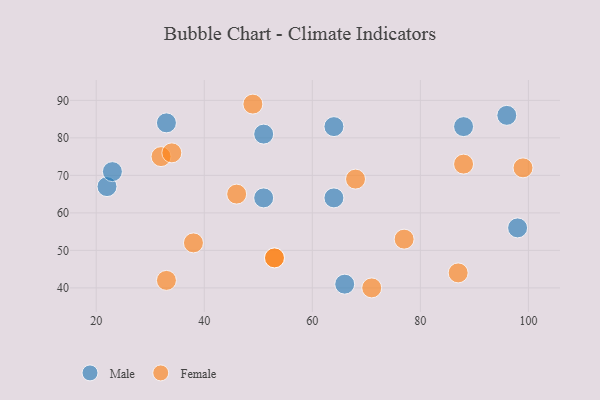
{"axis": {"x": "GDP", "y": "Life Expectancy"}, "legend": ["Female", "Male"], "data": [{"x": "22", "y": 67, "type": "Male"}, {"x": "51", "y": 81, "type": "Male"}, {"x": "98", "y": 56, "type": "Male"}, {"x": "51", "y": 64, "type": "Male"}, {"x": "66", "y": 41, "type": "Male"}, {"x": "23", "y": 71, "type": "Male"}, {"x": "64", "y": 83, "type": "Male"}, {"x": "96", "y": 86, "type": "Male"}, {"x": "64", "y": 64, "type": "Male"}, {"x": "33", "y": 84, "type": "Male"}, {"x": "88", "y": 83, "type": "Male"}, {"x": "68", "y": 69, "type": "Female"}, {"x": "53", "y": 48, "type": "Female"}, {"x": "53", "y": 48, "type": "Female"}, {"x": "77", "y": 53, "type": "Female"}, {"x": "87", "y": 44, "type": "Female"}, {"x": "32", "y": 75, "type": "Female"}, {"x": "49", "y": 89, "type": "Female"}, {"x": "71", "y": 40, "type": "Female"}, {"x": "33", "y": 42, "type": "Female"}, {"x": "46", "y": 65, "type": "Female"}, {"x": "34", "y": 76, "type": "Female"}, {"x": "99", "y": 72, "type": "Female"}, {"x": "88", "y": 73, "type": "Female"}, {"x": "38", "y": 52, "type": "Female"}]}